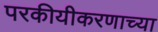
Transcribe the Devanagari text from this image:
परकीयीकरणाच्या